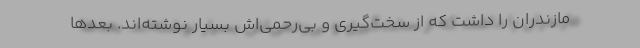
مازندران را داشت که از سخت‌گیری‌ و بی‌رحمی‌اش بسیار نوشته‌اند. بعدها